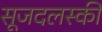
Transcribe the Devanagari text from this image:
सूजदलस्की